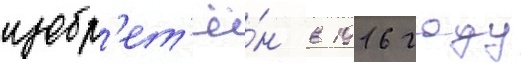
изобр'ет'ё́н в 1916 году